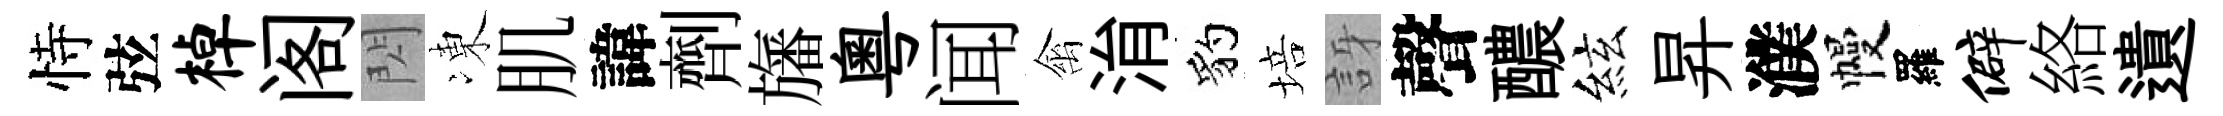
恃弦棹阁閃凍肌諱劑旛粵闻禽㳙豹培訝聲醲絃昇濮幔羅僻絡遺